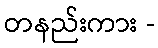
တနည်းကား -